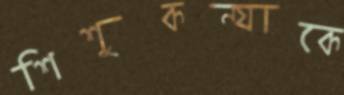
শিশুকন্যাকে